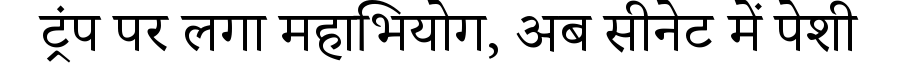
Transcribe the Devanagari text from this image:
ट्रंप पर लगा महाभियोग, अब सीनेट में पेशी